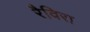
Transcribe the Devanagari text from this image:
रैविरा